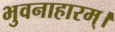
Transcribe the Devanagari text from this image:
भुवनाहारम्‌।